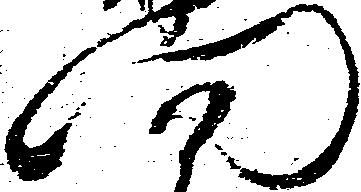
門